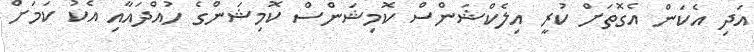
އަދި އެކަން އެގޮތަށް ކުރީ އިލެކްޝަންސް ކޮމިޝަންސް ކޮމިޝަންގެ ހުއްދައާއި އެކު ކަމަށް